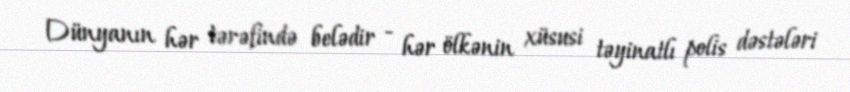
Dünyanın hər tərəfində belədir - hər ölkənin xüsusi təyinatlı polis dəstələri